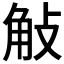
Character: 𧣀